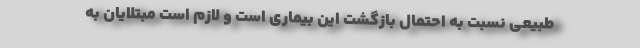
طبیعی نسبت به احتمال بازگشت این بیماری است و لازم است مبتلایان به